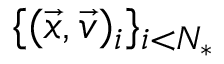
\{ ( \vec { x } , \vec { v } ) _ { i } \} _ { i < N _ { * } }